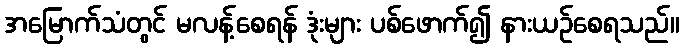
အမြောက်သံတွင် မလန့်စေရန် ဒုံးများ ပစ်ဖောက်၍ နားယဉ်စေရသည်။